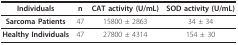
<table><thead><tr><td><b>Individuals</b></td><td><b>n</b></td><td><b>CAT activity (U/mL)</b></td><td><b>SOD activity (U/mL)</b></td></tr></thead><tbody><tr><td><b>Sarcoma Patients</b></td><td>47</td><td>15800 ± 2863</td><td>34 ± 34</td></tr><tr><td><b>Healthy Individuals</b></td><td>47</td><td>27800 ± 4314</td><td>154 ± 30</td></tr></tbody></table>